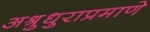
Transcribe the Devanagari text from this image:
अश्रुधुराप्रमाणे